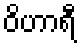
ဝိဟာရီ